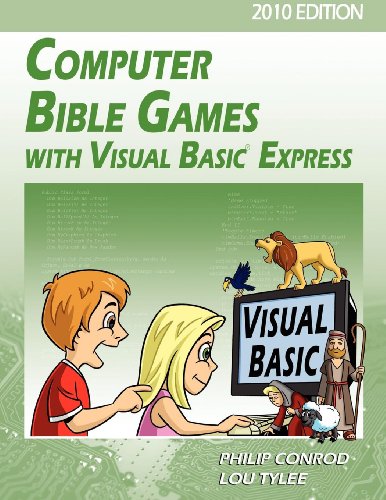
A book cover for Computer Bible Games with Visual Basic Express for High School Students - 2010 Edition; Philip Conrod; Children's Books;